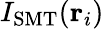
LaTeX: I_{\mathrm{SMT}}(\textbf{r}_{i})